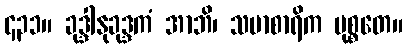
၄၃၁။ ခုဒ္ဒါနုခုဒ္ဒကံ အာဘိ၊ သမာစာရိက မုစ္စတေ။